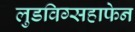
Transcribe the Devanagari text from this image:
लुडविग्सहाफेन